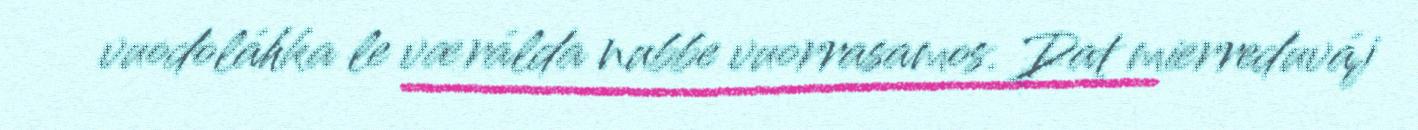
vuodoláhka le værálda nubbe vuorrasamos. Dat mierreduváj